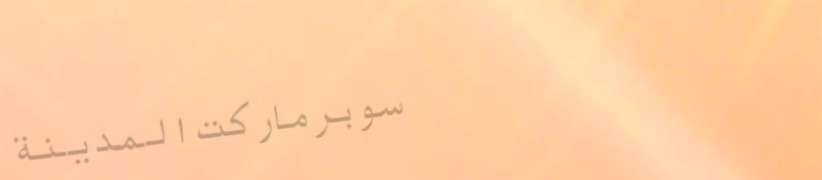
سوبرماركت المدينة